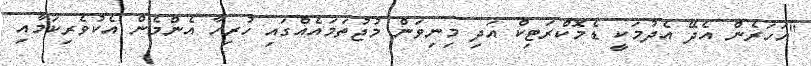
"އަހަރެން އެދޭ އެދުމަކީ ޑެމޮކްރަޓިކް އަދި މިނިވަން މުޖުތަމައެއްގައި ހުރިހާ އެންމެން އެކުވެރިކަމާއި